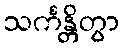
သင်္ကန္တိတွာ